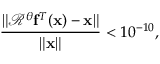
\frac { \| \mathscr R ^ { \theta } \mathbf f ^ { T } ( \mathbf x ) - \mathbf x \| } { \| \mathbf x \| } < 1 0 ^ { - 1 0 } ,